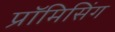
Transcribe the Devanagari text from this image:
प्रॉमिसिंग